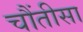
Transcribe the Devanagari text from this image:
चौंतीसा